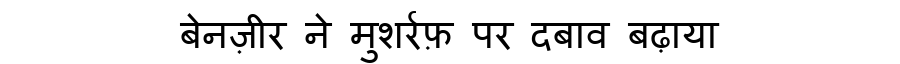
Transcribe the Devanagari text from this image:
बेनज़ीर ने मुशर्रफ़ पर दबाव बढ़ाया